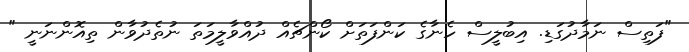
"ފަތިސް ނަމާދުގަޑި. އިބުލީސް ހެނާގެ ކަންފަތަށް ކޯންޗެއް ދުއްވާލީމަތަ ނުތެދުވާން ތިއޮންނަނީ "